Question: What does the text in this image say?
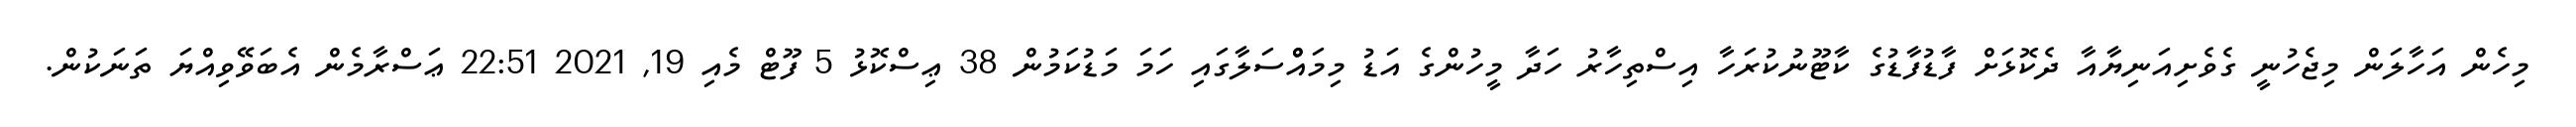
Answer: މިހެން އަހާލަން މިޖެހުނީ ގެވެށިއަނިޔާއާ ދެކޮޅަށް ފާޑުފާޑުގެ ކާޓޫނުކުރަހާ އިސްތިހާރު ހަދާ މީހުންގެ އަޑު މިމައްްސަލާގައި ހަމަ މަޑުކަމުން 38 ޢިސްކޮޅު 5 ފޫޓް މެއި 19, 2021 22:51 ޢަސްރާމެން އެބަވޭވިއްޔަ ތަނަކުން.